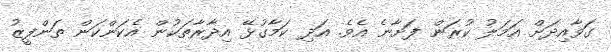
ގަވާއިދަށް އަމަލު ކުރަން ފަށާނެ އެވެ. އަދި ކަމާގުޅޭ އިދާރާތަކުން އެކަންކަން ތަންފީޒު